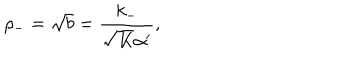
\rho _ { - } = \sqrt { b } = \frac { k _ { - } } { \sqrt { K } \alpha ^ { \prime } } ,